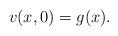
LaTeX: \begin{align*}v(x,0)=g(x). \end{align*}